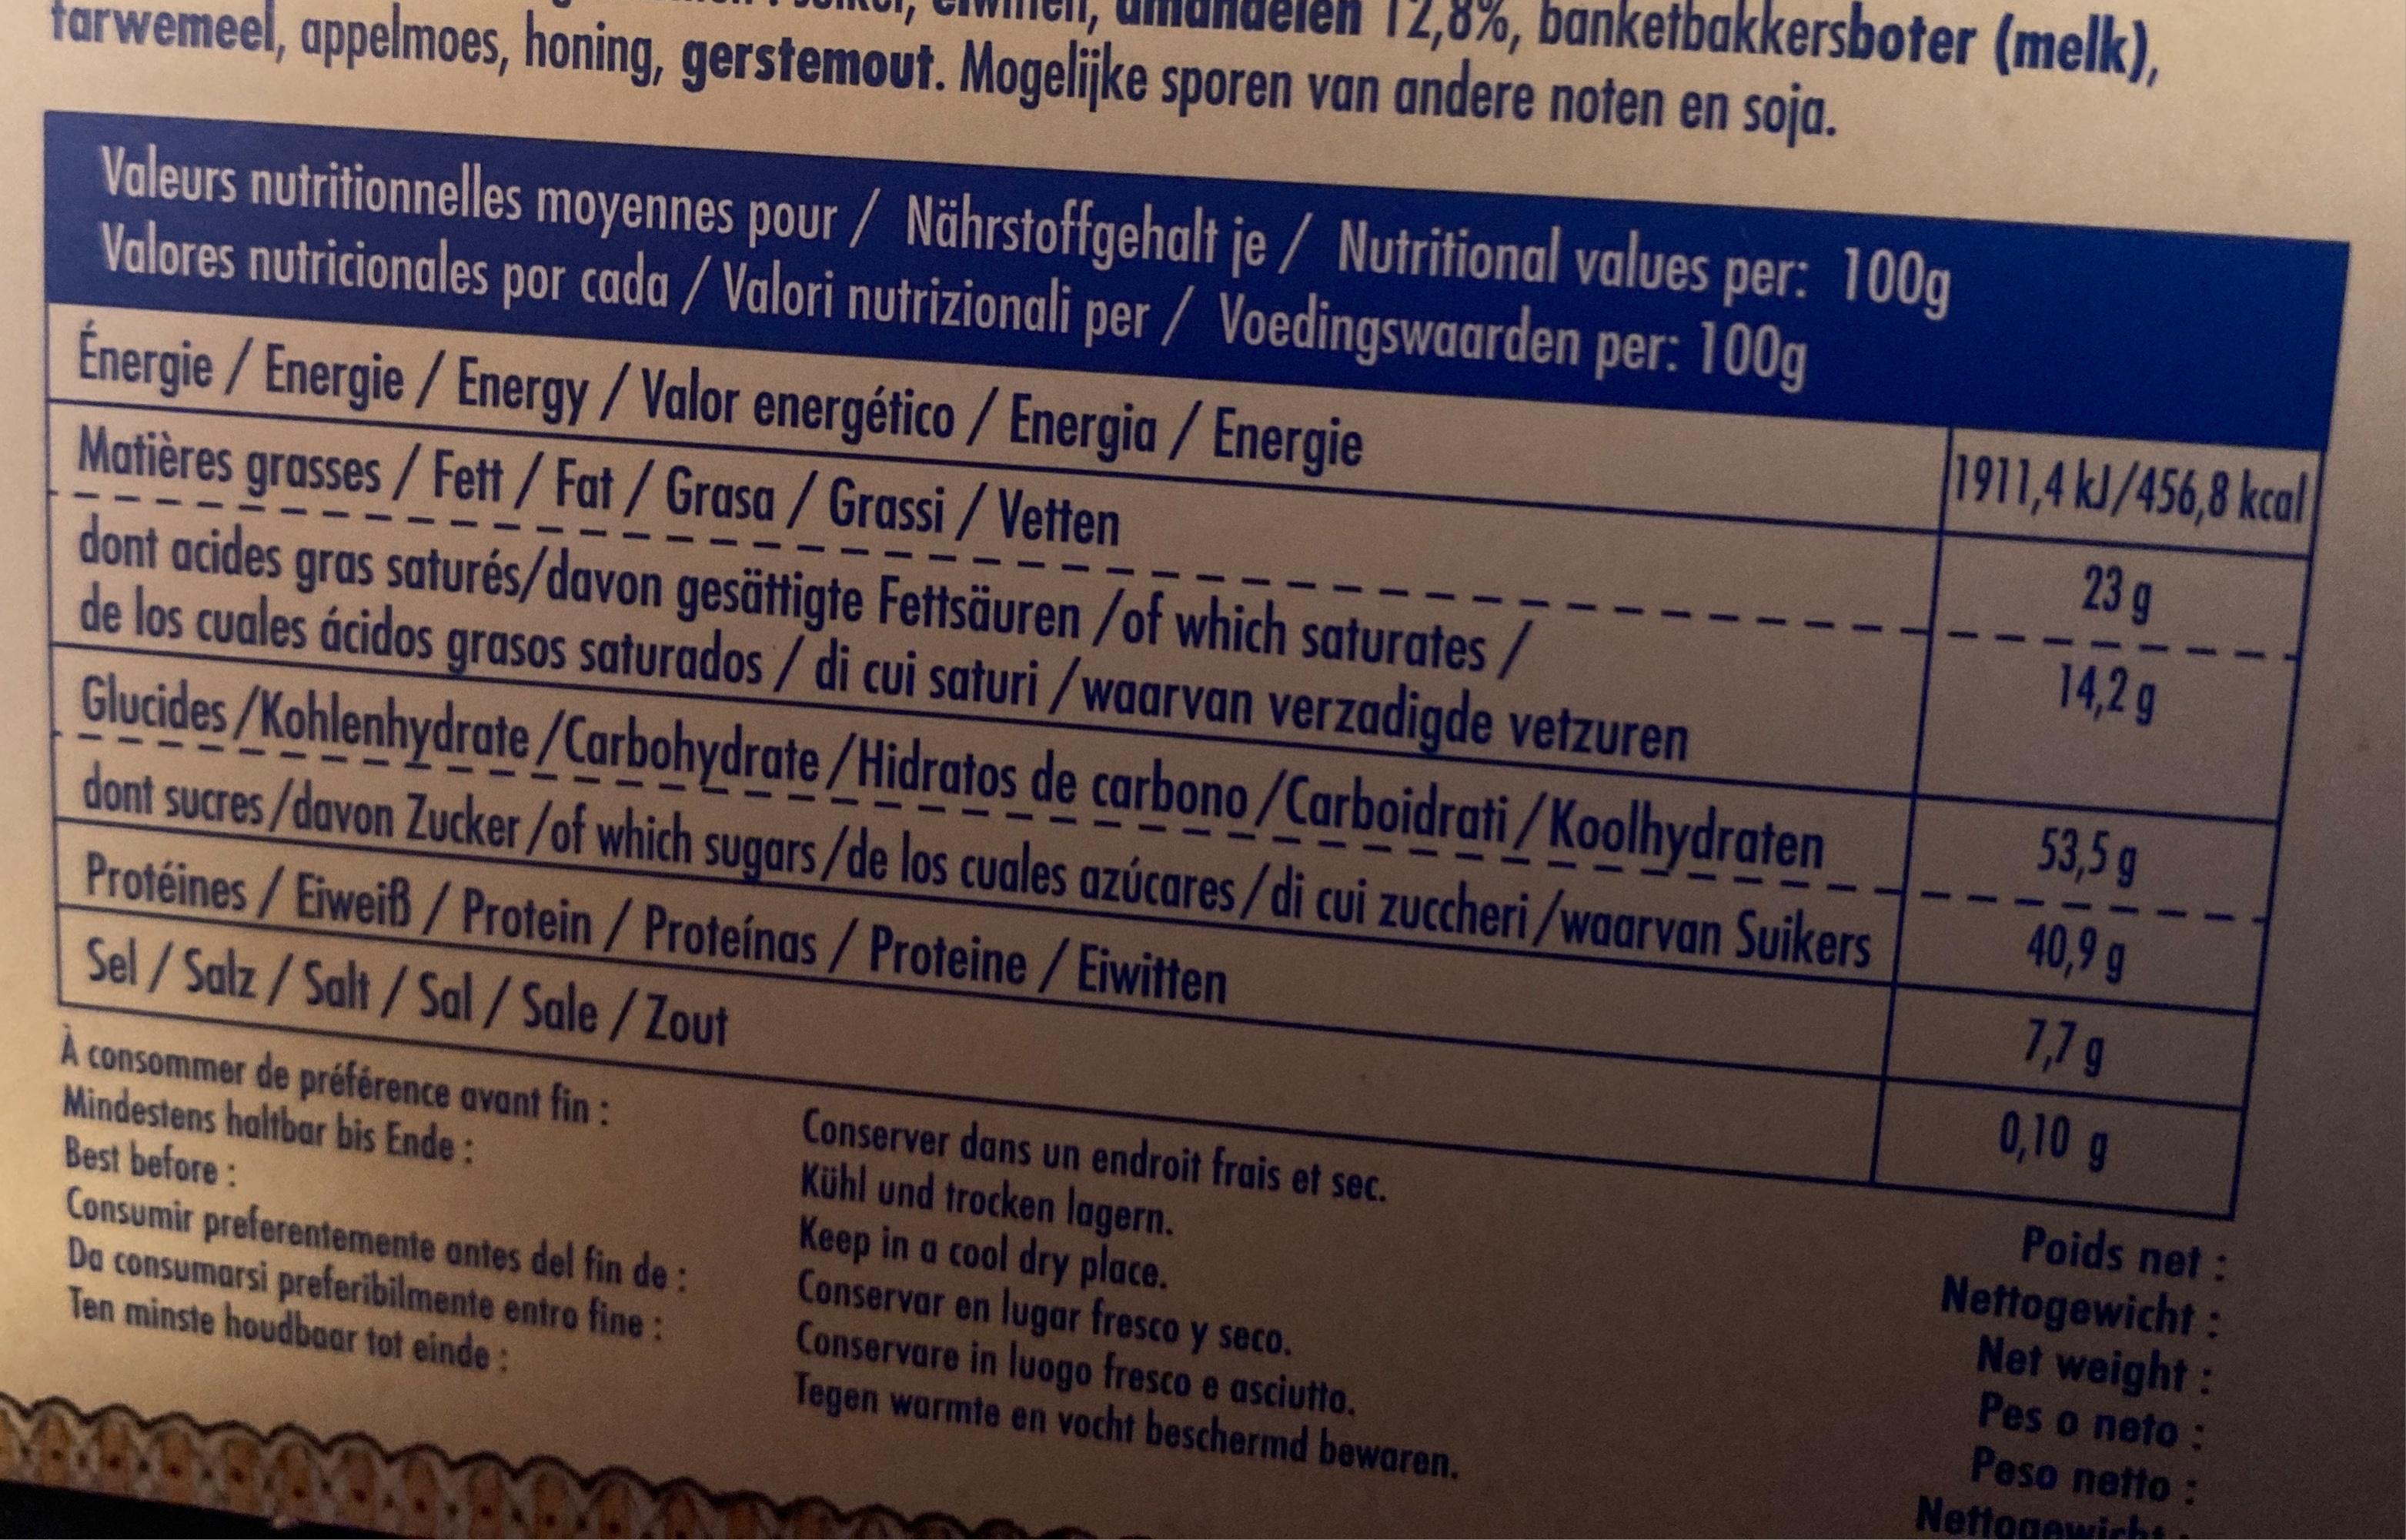
tarwemeel, appelmoes, honing, gerstemout. Mogelijke sporen van andere noten en soja. delen 12,8%, banketbakkersboter (melk),
Valeurs nutritionnelles moyennes pour / Nährstoffgehalt je/Nutritional values per: 100g Valores nutricionales por cada / Valori nutrizionali per / Voedingswaarden per: 100g
Énergie/Energie/Energy/Valor energético / Energia/Energie Matières grasses / Fett/Fat/Grasa / Grassi/ Vetten
dont acides gras saturés/davon gesättigte Fettsäuren /of which saturates/
de los cuales ácidos grasos saturados / di cui saturi /waarvan verzadigde vetzuren Glucides/Kohlenhydrate/Carbohydrate/Hidratos de carbono/Carboidrati/Koolhydraten
dont sucres/davon Zucker/of which sugars/de los cuales azúcares/di cui zuccheri/waarvan Suikers Protéines/Eiweiß/Protein / Proteínas / Proteine / Eiwitten
Sel/Salz/Salt/Sal/Sale/Zout
A consommer de préférence avant fin: Mindestens haltbar bis Ende:
Best before:
Consumir preferentemente antes del fin de : Da consumarsi preferibilmente entro fine: Ten minste houdbaar tot einde:
G
Conserver dans un endroit frais et sec. Kühl und trocken lagern. Keep in a cool dry place.
Conservar en lugar fresco y seco. Conservare in luogo fresco e asciutto. Tegen warmte en vocht beschermd bewaren.
1911,4 kJ/456,8 kcal 23 g 14,2 g
53,5 g
40,9 g
7,7 g
0,10 g
Poids net :
Nettogewicht: Net weight : Pes o neto:
Peso netto:
Nettogewicht